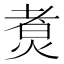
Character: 煑